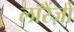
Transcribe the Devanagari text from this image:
लॉरेंज़ो